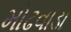
મોઢવાડા